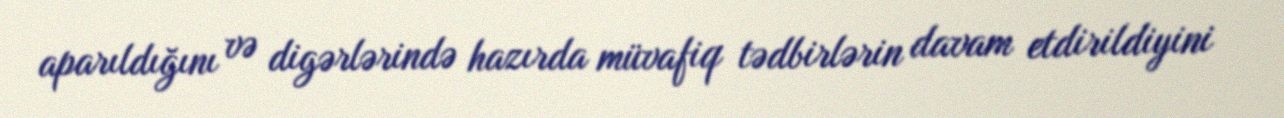
aparıldığını və digərlərində hazırda müvafiq tədbirlərin davam etdirildiyini